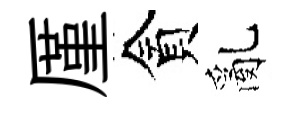
厪貪亂